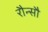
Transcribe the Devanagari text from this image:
रौन्सौ